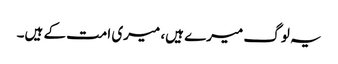
یہ لوگ میرے ہیں، میری امت کے ہیں۔